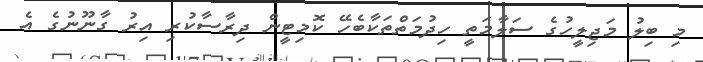
މި ބިލު މަޖިލީހުގެ ސަލާމަތީ ހިދުމަތްތަކާބެހޭ ކޮމިޓީން ދިރާސާކުރި އިރު ގާނޫނުގެ އެ